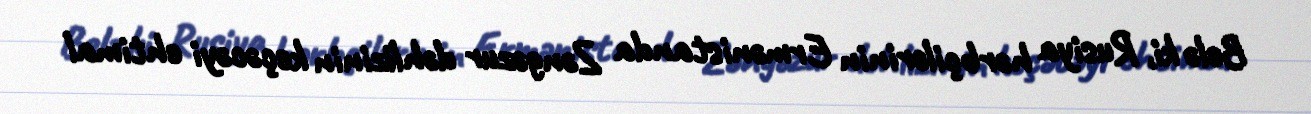
Belə ki, Rusiya hərbçilərinin Ermənistanda Zəngəzur dəhlizinin keçəcəyi ehtimal